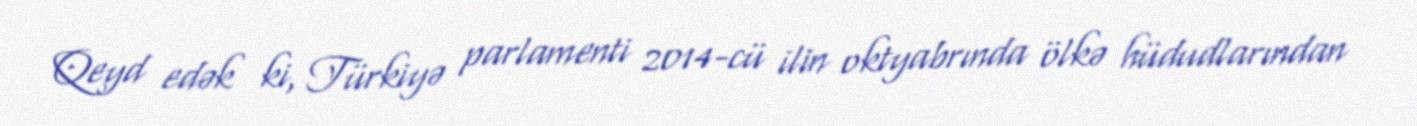
Qeyd edək ki, Türkiyə parlamenti 2014-cü ilin oktyabrında ölkə hüdudlarından